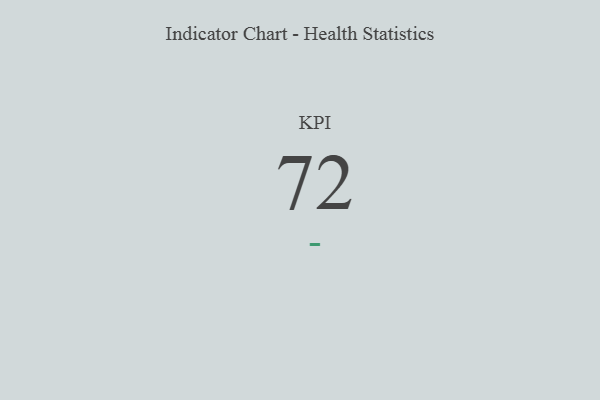
{"axis": {"x": "KPI", "y": "Value"}, "legend": [""], "data": [{"x": "KPI", "y": 72, "type": ""}]}